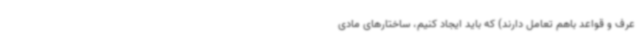
عرف و قواعد باهم تعامل دارند) که باید ایجاد کنیم، ساختارهای مادی